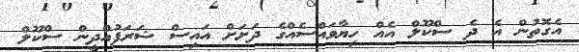
އެގޮތުން އެ ދެ ސްކޫލް އެއް ހިޔާވައްސެއްގެ ދަށަށް އައިސް ޝަރަފުއްދީން ސްކޫލް